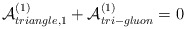
\begin{align*}{\cal A}^{(1)}_{triangle,1}+{\cal A}^{(1)}_{tri-gluon}=0\end{align*}